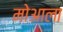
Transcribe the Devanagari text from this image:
मोआला